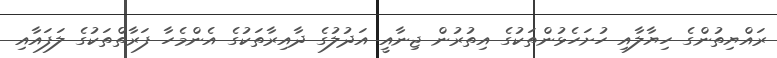
ރައްޔިތުންގެ ހިޔާލާއި ހުށަހެޅުންތަކުގެ އިތުރުން ޖިނާއީ އަދުލުގެ ދާއިރާތަކުގެ އެންމެހާ ފަރާތްތަކުގެ ލަފައާއި